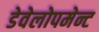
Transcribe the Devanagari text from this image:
डेवेलोपमेन्ट